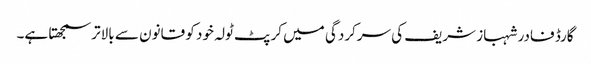
گارڈ فادر شہباز شریف کی سرکردگی میں کرپٹ ٹولہ خود کو قانون سے بالاتر سمجھتا ہے۔